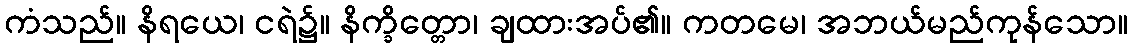
ကံသည်။ နိရယေ၊ ငရဲ၌။ နိက္ခိတ္တော၊ ချထားအပ်၏။ ကတမေ၊ အဘယ်မည်ကုန်သော။